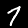
Label: 7